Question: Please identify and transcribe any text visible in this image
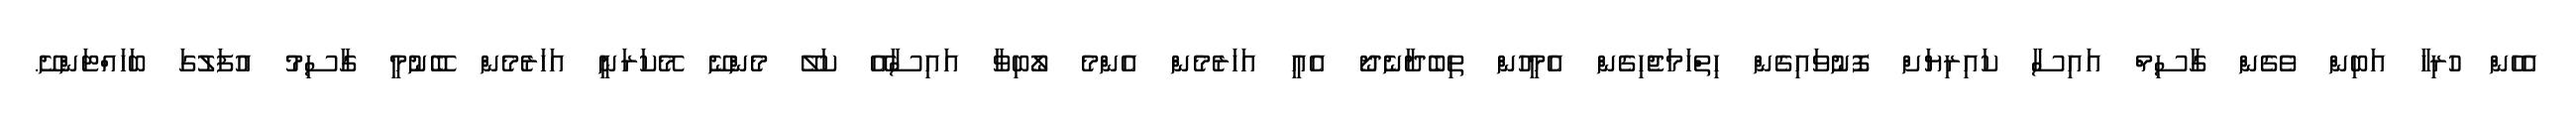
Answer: އެހެން ހުރިހާ އަބިން ވެގެން ގާސިމް އައިސާ ކައިރިޔަށް ފޮނުވައިގެން ހިތްހަމަޖެހިގެން އެމީހުން ތިބެދާނެދޯ އެއީ އަހަރެމެން އެންމެ ލޯބިވާ އައިސާއޭ ކަލޭ މެންނޭ މޭކަރަނީ އަހަރެމެން ބޭނުމީ ގާސިމު އުފަލުގަ ބަހައްޓަންށޭ.